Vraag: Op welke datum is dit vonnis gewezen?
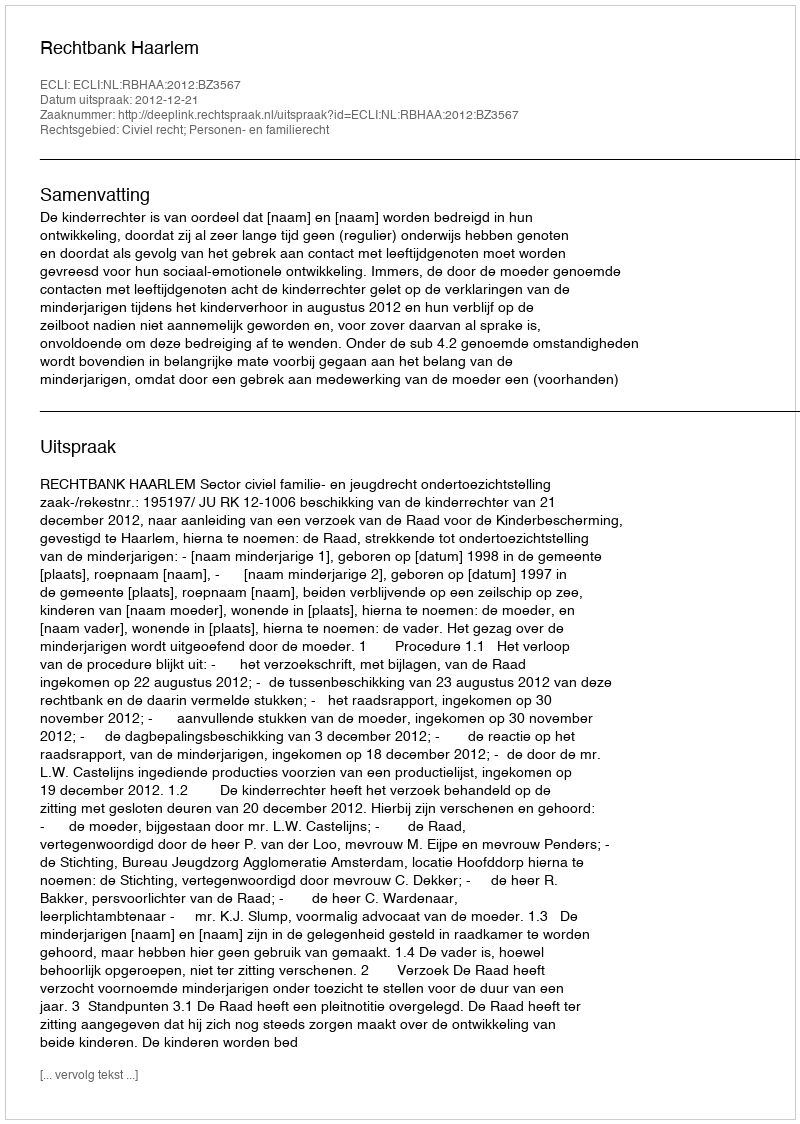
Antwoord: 2012-12-21